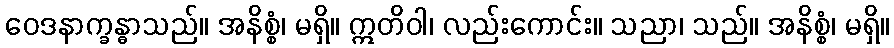
ဝေဒနာက္ခန္ဓာသည်။ အနိစ္စံ၊ မရှိ။ ဣတိဝါ၊ လည်းကောင်း။ သညာ၊ သည်။ အနိစ္စံ၊ မရှိ။